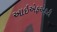
આઇએફએફટી